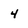
Character: 4